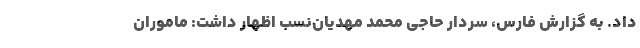
داد. به گزارش فارس، سردار حاجی محمد مهدیان‌نسب اظهار داشت: ماموران